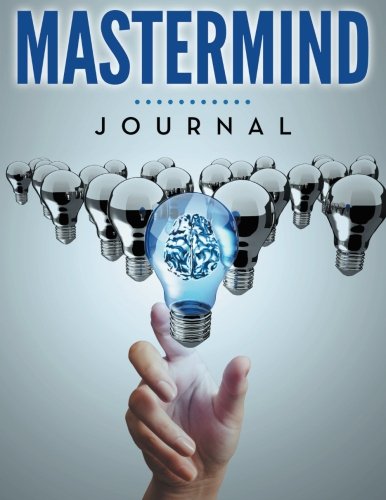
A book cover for Mastermind Journal; Speedy Publishing LLC; Literature & Fiction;